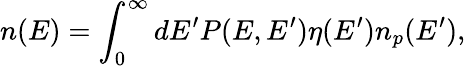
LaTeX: n(E)=\int_{0}^{\infty}dE^{\prime}P(E,E^{\prime})\eta(E^{\prime})n_{p}(E^{\prime}),